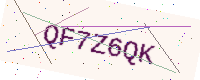
Text: QF7Z6QK